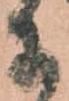
に